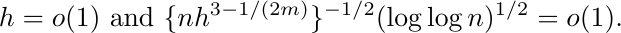
\begin{equation*}
h = o(1) ~\text{and}~    \{nh^{3 - 1/(2m)}\}^{-1/2}(\log\log n)^{1/2} = o(1).
\end{equation*}